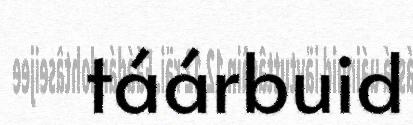
táárbuid